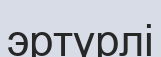
эртүрлі